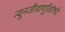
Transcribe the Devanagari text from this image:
न्यूनजीवाणुविरोधी